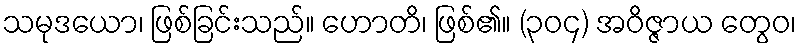
သမုဒယော၊ ဖြစ်ခြင်းသည်။ ဟောတိ၊ ဖြစ်၏။ (၃၀၄) အဝိဇ္ဇာယ တွေဝ၊